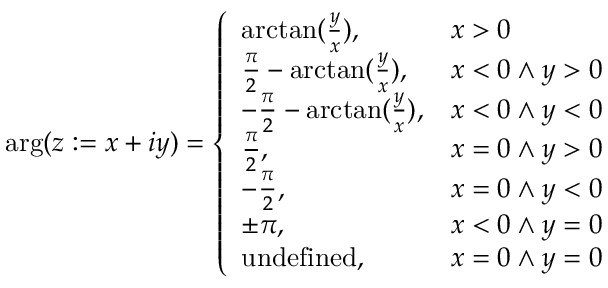
\arg ( z : = x + i y ) = \left\{ \begin{array} { l l } { \arctan ( \frac { y } { x } ) , } & { x > 0 } \\ { \frac { \pi } { 2 } - \arctan ( \frac { y } { x } ) , } & { x < 0 \land y > 0 } \\ { - \frac { \pi } { 2 } - \arctan ( \frac { y } { x } ) , } & { x < 0 \land y < 0 } \\ { \frac { \pi } { 2 } , } & { x = 0 \land y > 0 } \\ { - \frac { \pi } { 2 } , } & { x = 0 \land y < 0 } \\ { \pm \pi , } & { x < 0 \land y = 0 } \\ { \mathrm { u n d e f i n e d } , } & { x = 0 \land y = 0 } \end{array} \right.